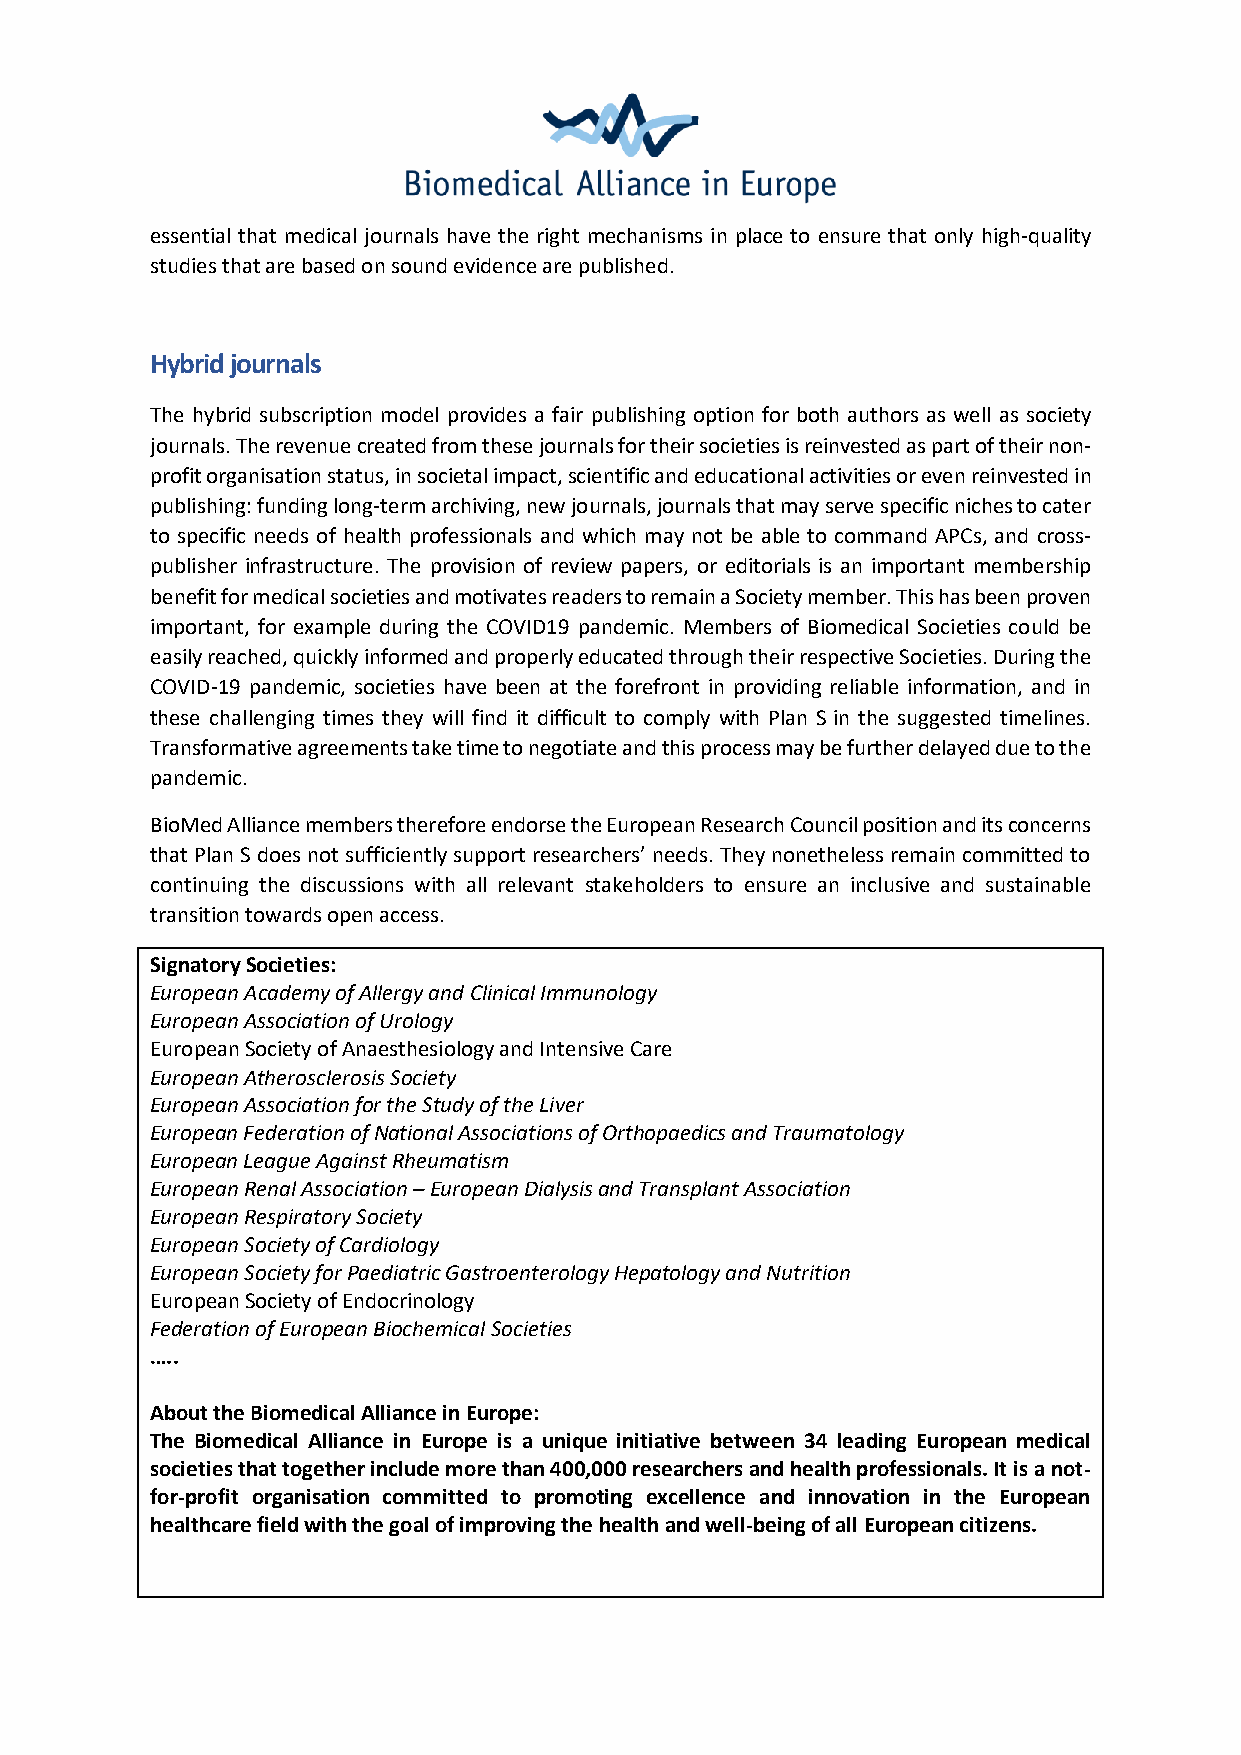
essential that medical journals have the right mechanisms in place to ensure that only high-quality
 studies that are based on sound evidence are published.
 Hybrid journals
 The hybrid subscription model provides a fair publishing option for both authors as well as society
 journals. The revenue created from these journals for their societies is reinvested as part of their non-
 profit organisation status, in societal impact, scientific and educational activities or even reinvested in
 publishing: funding long-term archiving, new journals, journals that may serve specific niches to cater
 to specific needs of health professionals and which may not be able to command APCs, and cross-
 publisher infrastructure. The provision of review papers, or editorials is an important membership
 benefit for medical societies and motivates readers to remain a Society member. This has been proven
 important, for example during the COVID19 pandemic. Members of Biomedical Societies could be
 easily reached, quickly informed and properly educated through their respective Societies. During the
 COVID-19 pandemic, societies have been at the forefront in providing reliable information, and in
 these challenging times they will find it difficult to comply with Plan S in the suggested timelines.
 Transformative agreements take time to negotiate and this process may be further delayed due to the
 pandemic.
 BioMed Alliance members therefore endorse the European Research Council position and its concerns
 that Plan S does not sufficiently support researchers’ needs. They nonetheless remain committed to
 continuing the discussions with all relevant stakeholders to ensure an inclusive and sustainable
 transition towards open access.
 Signatory Societies:
 European Academy of Allergy and Clinical Immunology
 European Association of Urology
 European Society of Anaesthesiology and Intensive Care
 European Atherosclerosis Society
 European Association for the Study of the Liver
 European Federation of National Associations of Orthopaedics and Traumatology
 European League Against Rheumatism
 European Renal Association – European Dialysis and Transplant Association
 European Respiratory Society
 European Society of Cardiology
 European Society for Paediatric Gastroenterology Hepatology and Nutrition
 European Society of Endocrinology
 Federation of European Biochemical Societies
 …..
 About the Biomedical Alliance in Europe:
 The Biomedical Alliance in Europe is a unique initiative between 34 leading European medical
 societies that together include more than 400,000 researchers and health professionals. It is a not-
 for-profit organisation committed to promoting excellence and innovation in the European
 healthcare field with the goal of improving the health and well-being of all European citizens.